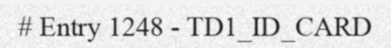
# Entry 1248 - TD1_ID_CARD